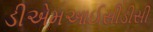
ડીએમઆઈસીડીસી